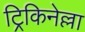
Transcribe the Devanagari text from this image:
ट्रिकिनेल्ला